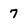
Character: 7